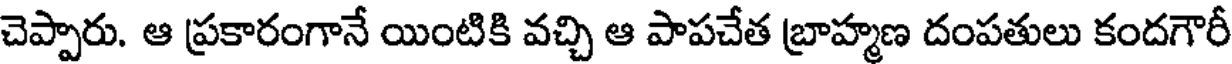
చెప్పారు. ఆ ప్రకారంగానే యింటికి వచ్చి ఆ పాపచేత బ్రాహ్మణ దంపతులు కందగౌరీ